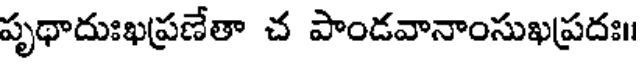
పృథాదుఃఖప్రణేతా చ పాండవానాంసుఖప్రదః॥